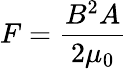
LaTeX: F={\frac{B^{2}A}{2\mu_{0}}}